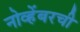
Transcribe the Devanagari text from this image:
नोव्हेंबरची